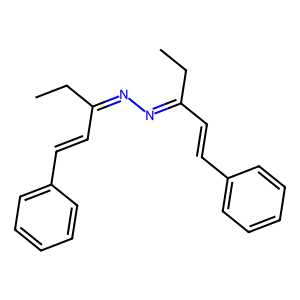
SMILES: CCC(C=Cc1ccccc1)=NN=C(C=Cc1ccccc1)CC
Inhibits HIV replication: No